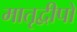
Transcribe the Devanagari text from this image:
मातृद्वीपों